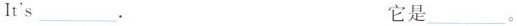
It's___. 它是___。